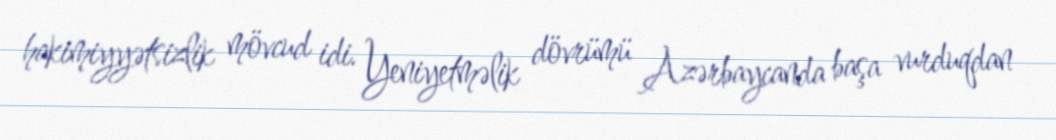
hakimiyyətsizlik mövcud idi. Yeniyetməlik dövrümü Azərbaycanda başa vurduqdan